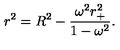
r ^ { 2 } = R ^ { 2 } - \frac { \omega ^ { 2 } r _ { + } ^ { 2 } } { 1 - \omega ^ { 2 } } .